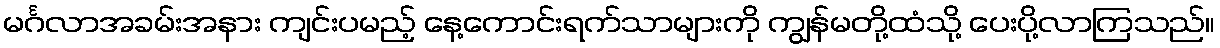
မင်္ဂလာအခမ်းအနား ကျင်းပမည့် နေ့ကောင်းရက်သာများကို ကျွန်မတို့ထံသို့ ပေးပို့လာကြသည်။